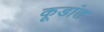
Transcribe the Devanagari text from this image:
कूडांत